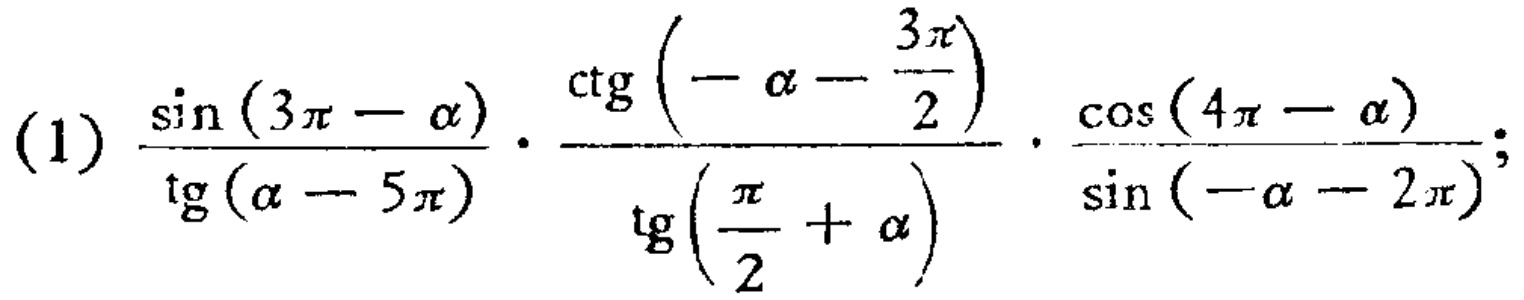
\[(1)\frac{\sin(3\pi - \alpha)}{\tg(\alpha - 5\pi)}\cdot\frac{\ctg\left(-\alpha - \frac{3\pi}{2}\right)}{\tg\left(\frac{\pi}{2}+\alpha\right)}\cdot\frac{\cos(4\pi - \alpha)}{\sin(-\alpha - 2\pi)};\]